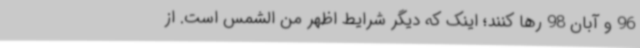
96 و آبان 98 رها کنند؛ اینک که دیگر شرایط اظهر‌ من‌ الشمس است. از‌